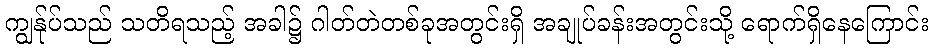
ကျွန်ုပ်သည် သတိရသည့် အခါ၌ ဂါတ်တဲတစ်ခုအတွင်းရှိ အချုပ်ခန်းအတွင်းသို့ ရောက်ရှိနေကြောင်း